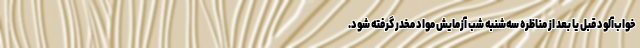
خواب‌آلود قبل یا بعد از مناظره سه‌شنبه شب آزمایش مواد مخدر گرفته شود.